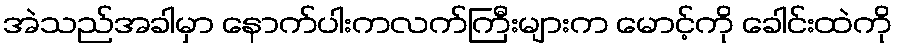
အဲသည်အခါမှာ နောက်ပါးကလက်ကြီးများက မောင့်ကို ခေါင်းထဲကို